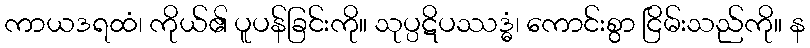
ကာယဒရထံ၊ ကိုယ်၏ ပူပန်ခြင်းကို။ သုပ္ပဋိပဿဒ္ဓံ၊ ကောင်းစွာ ငြိမ်းသည်ကို။ န